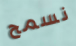
نسمح